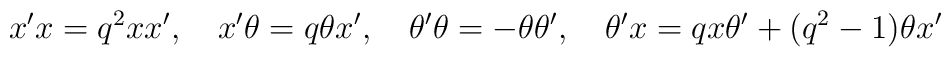
x' x=q^2 x x',\quad x' \theta=q \theta x',\quad \theta' \theta=- \theta\theta',\quad \theta'x=q x \theta'+(q^2-1)\theta x'